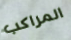
المراكب